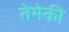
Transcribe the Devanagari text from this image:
तेमेकी